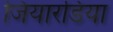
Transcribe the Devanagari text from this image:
जियारडिया